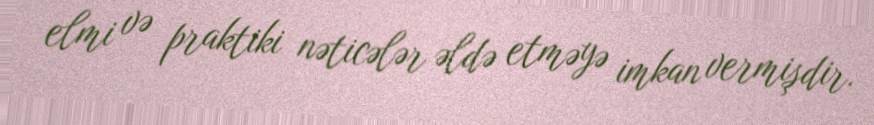
elmi və praktiki nəticələr əldə etməyə imkan vermişdir.